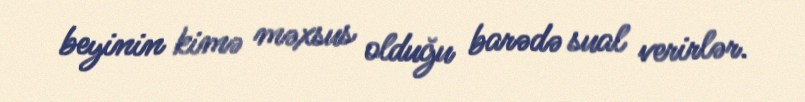
beyinin kimə məxsus olduğu barədə sual verirlər.